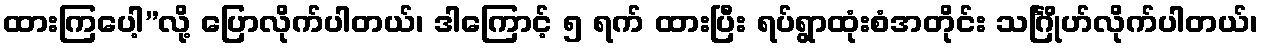
ထားကြပေါ့”လို့ ပြောလိုက်ပါတယ်၊ ဒါကြောင့် ၅ ရက် ထားပြီး ရပ်ရွာထုံးစံအတိုင်း သင်္ဂြိုဟ်လိုက်ပါတယ်၊